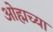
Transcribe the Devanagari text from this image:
ओह्मच्या